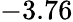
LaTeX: -3.76